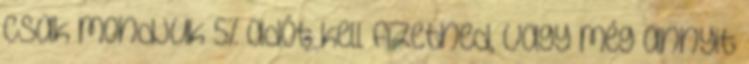
csak mondjuk 5% adót kell fizetned, vagy még annyit